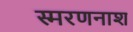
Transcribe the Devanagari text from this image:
स्मरणनाश